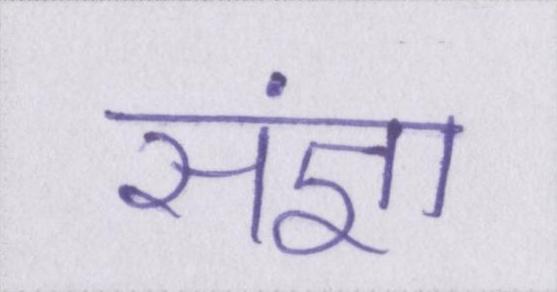
संज्ञा